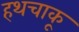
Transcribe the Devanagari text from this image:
हथचाकू